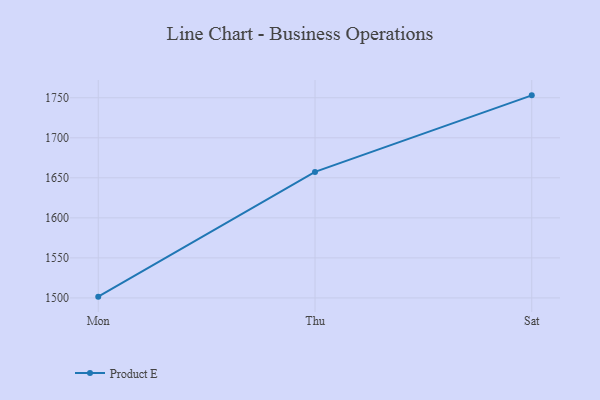
{"axis": {"x": "Day", "y": "Page Views"}, "legend": ["Product E"], "data": [{"x": "Mon", "y": 1501.6, "type": "Product E"}, {"x": "Thu", "y": 1657.4, "type": "Product E"}, {"x": "Sat", "y": 1753.0, "type": "Product E"}]}